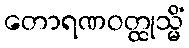
တောရဏဝတ္ထုသ္မိံ